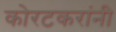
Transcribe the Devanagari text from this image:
कोरटकरांनी